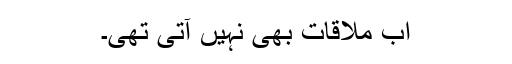
اب ملاقات بھی نہیں آتی تھی۔